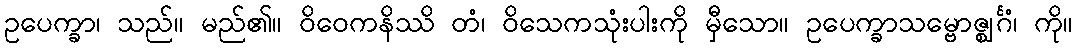
ဥပေက္ခာ၊ သည်။ မည်၏။ ဝိဝေကနိဿိ တံ၊ ဝိသေကသုံးပါးကို မှီသော။ ဥပေက္ခာသမ္ဗောဇ္ဈင်္ဂံ၊ ကို။